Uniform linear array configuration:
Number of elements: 48
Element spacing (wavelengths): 0.75
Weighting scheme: cosine
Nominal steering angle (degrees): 0
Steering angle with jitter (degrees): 1.428
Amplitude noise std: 0.05
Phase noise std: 0.05

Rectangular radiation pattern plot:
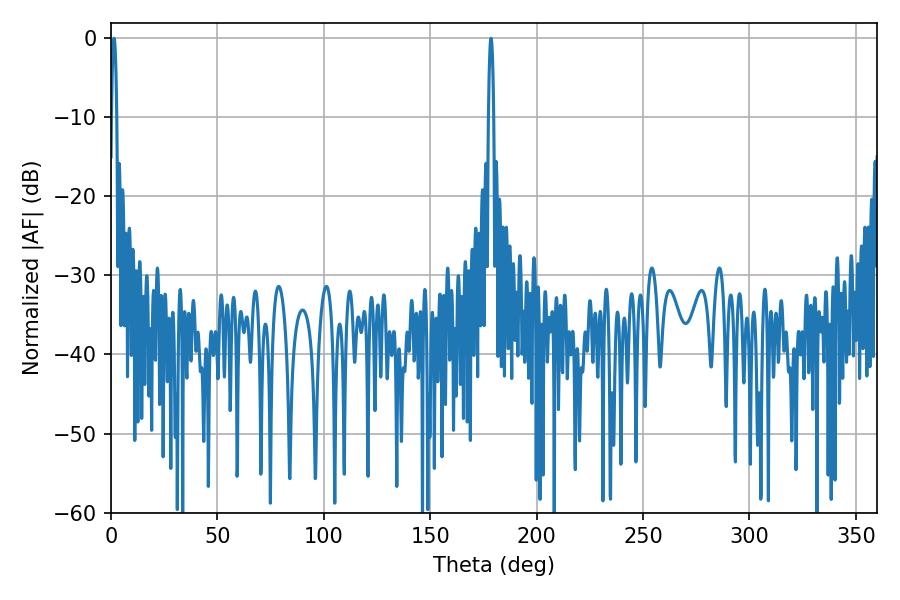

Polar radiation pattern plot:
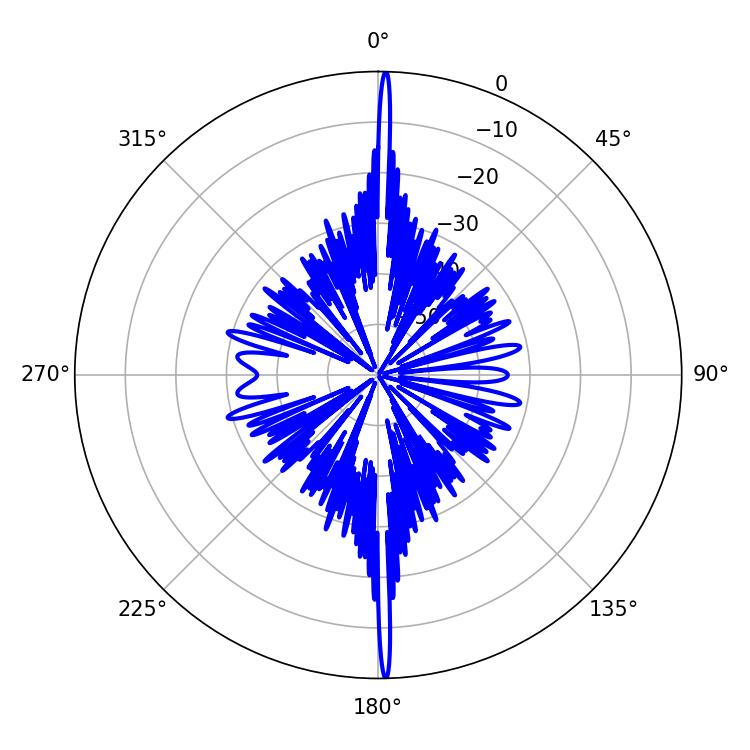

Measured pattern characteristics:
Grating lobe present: TRUE
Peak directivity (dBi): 32.052
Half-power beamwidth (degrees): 1.44
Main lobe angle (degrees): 1.44